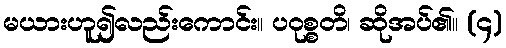
မယားဟူ၍လည်းကောင်း။ ပဝုစ္စတိ၊ ဆိုအပ်၏။ (၄)